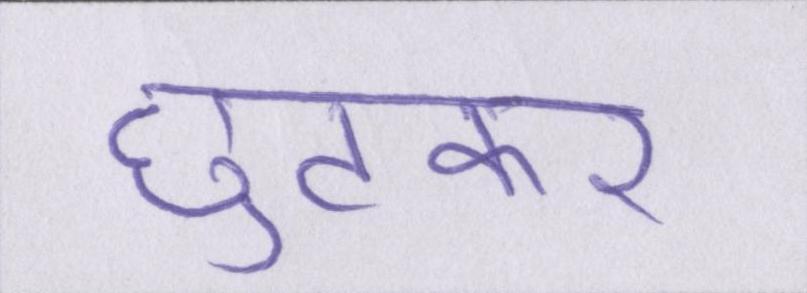
छुटकर